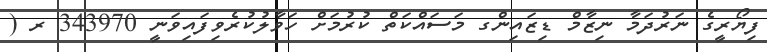
ފިޔޯރީގެ ނަރުދަމާ ނިޒާމް ޑިޒައިންގ މަސައްކަތް ކުރުމަށް ހަވާލުކުރެވިފައިވަނީ 343970 ރ (